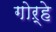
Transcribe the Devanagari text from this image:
गोऱ्हे